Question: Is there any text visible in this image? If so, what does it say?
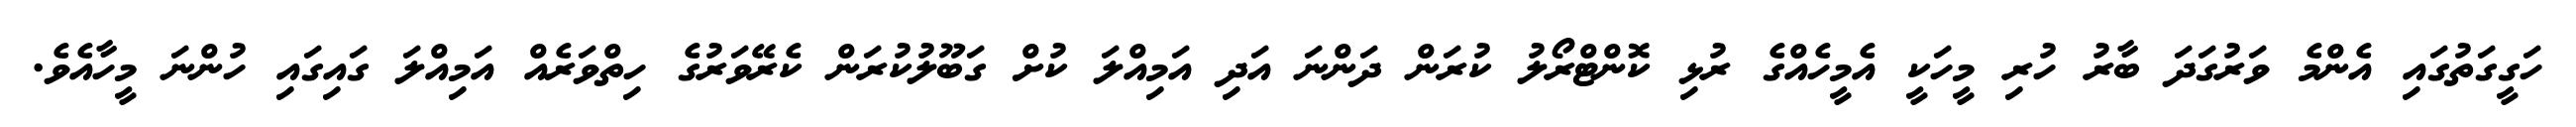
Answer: ހަގީގަތުގައި އެންމެ ވަރުގަދަ ބާރު ހުރި މީހަކީ އެމީހެއްގެ ރުޅި ކޮންޓްރޯލު ކުރަން ދަންނަ އަދި އަމިއްލަ ކުށް ގަބޫލުކުރަން ކެރޭވަރުގެ ހިތްވަރެއް އަމިއްލަ ގައިގައި ހުންނަ މީހާއެވެ.